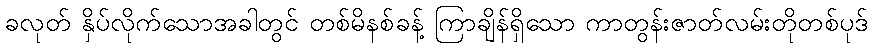
ခလုတ် နှိပ်လိုက်သောအခါတွင် တစ်မိနစ်ခန့် ကြာချိန်ရှိသော ကာတွန်းဇာတ်လမ်းတိုတစ်ပုဒ်